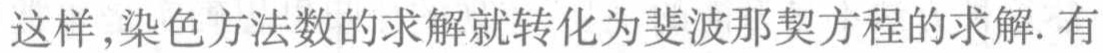
这样,染色方法数的求解就转化为斐波那契方程的求解. 有